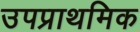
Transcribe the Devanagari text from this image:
उपप्राथमिक